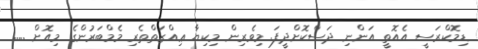
ޑިމޮކްރަސީ އެއޮތީ އަންނި ދަސްކޮށްދީފަ. މިވެރިން މިކިޔާ ޢިއްޒަތްތެރި މެމްބަރުންގެ މިއޮށް .....